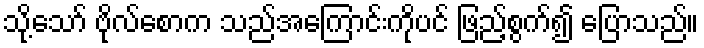
သို့သော် ဗိုလ်စောက သည်အကြောင်းကိုပင် ဖြည့်စွက်၍ ပြောသည်။